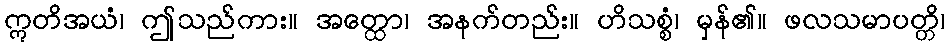
ဣတိအယံ၊ ဤသည်ကား။ အတ္ထော၊ အနက်တည်း။ ဟိသစ္စံ၊ မှန်၏။ ဖလသမာပတ္တိ၊